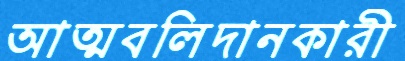
আত্মবলিদানকারী